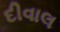
દીવાલ